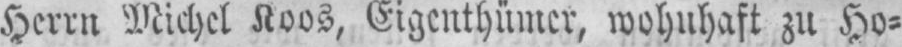
Herrn Michel Noos, Eigenthümer wohnhaft zu Ho⸗